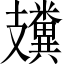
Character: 𥽤